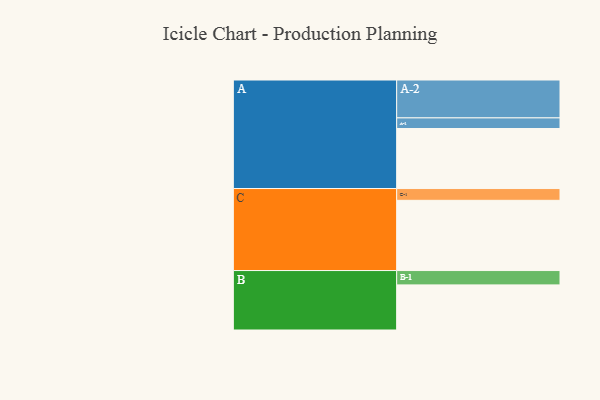
{"axis": {"x": "Segment", "y": "Value"}, "legend": ["", "A", "B", "C"], "data": [{"x": "A", "y": 423, "type": ""}, {"x": "B", "y": 318, "type": ""}, {"x": "C", "y": 495, "type": ""}, {"x": "A-1", "y": 75, "type": "A"}, {"x": "A-2", "y": 267, "type": "A"}, {"x": "B-1", "y": 101, "type": "B"}, {"x": "C-1", "y": 83, "type": "C"}]}